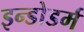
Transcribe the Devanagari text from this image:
इन्डोडर्म